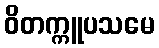
ဝိတက္ကူပသမေ